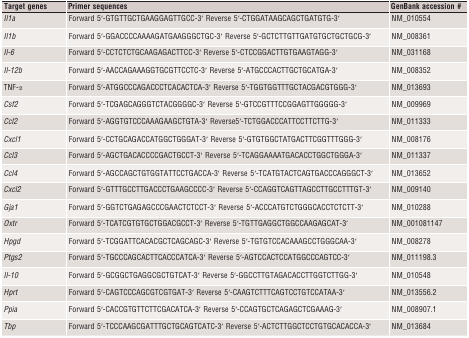
<table><thead><tr><td><b>Target genes</b></td><td><b>Primer sequences</b></td><td><b>GenBank accession #</b></td></tr></thead><tbody><tr><td><i>Il1a</i></td><td>Forward 5′-GTGTTGCTGAAGGAGTTGCC-3′ Reverse 5′-CTGGATAAGCAGCTGATGTG-3′</td><td>NM_010554</td></tr><tr><td><i>Il1b</i></td><td>Forward 5′-GGACCCCAAAAGATGAAGGGCTGC-3′ Reverse 5′-GCTCTTGTTGATGTGCTGCTGCG-3′</td><td>NM_008361</td></tr><tr><td><i>Il-6</i></td><td>Forward 5′-CCTCTCTGCAAGAGACTTCC-3′ Reverse 5′-CTCCGGACTTGTGAAGTAGG-3′</td><td>NM_031168</td></tr><tr><td><i>Il-12b</i></td><td>Forward 5′-AACCAGAAAGGTGCGTTCCTC-3′ Reverse 5′-ATGCCCACTTGCTGCATGA-3′</td><td>NM_008352</td></tr><tr><td>TNF-<i>α</i></td><td>Forward 5′-ATGGCCCAGACCCTCACACTCA-3′ Reverse 5′-TGGTGGTTTGCTACGACGTGGG-3′</td><td>NM_013693</td></tr><tr><td><i>Csf2</i></td><td>Forward 5′-TCGAGCAGGGTCTACGGGGC-3′ Reverse 5′-GTCCGTTTCCGGAGTTGGGGG-3′</td><td>NM_009969</td></tr><tr><td><i>Ccl2</i></td><td>Forward 5′-AGGTGTCCCAAAGAAGCTGTA-3′ Reverse5′-TCTGGACCCATTCCTTCTTG-3′</td><td>NM_011333</td></tr><tr><td><i>Cxcl1</i></td><td>Forward 5′-CCTGCAGACCATGGCTGGGAT-3′ Reverse 5′-GTGTGGCTATGACTTCGGTTTGGG-3′</td><td>NM_008176</td></tr><tr><td><i>Ccl3</i></td><td>Forward 5′-AGCTGACACCCCGACTGCCT-3′ Reverse 5′-TCAGGAAAATGACACCTGGCTGGGA-3′</td><td>NM_011337</td></tr><tr><td><i>Ccl4</i></td><td>Forward 5′-AGCCAGCTGTGGTATTCCTGACCA-3′ Reverse 5′-TCATGTACTCAGTGACCCAGGGCT-3′</td><td>NM_013652</td></tr><tr><td><i>Cxcl2</i></td><td>Forward 5′-GTTTGCCTTGACCCTGAAGCCCC-3′ Reverse 5′-CCAGGTCAGTTAGCCTTGCCTTTGT-3′</td><td>NM_009140</td></tr><tr><td><i>Gja1</i></td><td>Forward 5′-GGTCTGAGAGCCCGAACTCTCCT-3′ Reverse 5′-ACCCATGTCTGGGCACCTCTCTT-3′</td><td>NM_010288</td></tr><tr><td><i>Oxtr</i></td><td>Forward 5′-TCATCGTGTGCTGGACGCCT-3′ Reverse 5′-TGTTGAGGCTGGCCAAGAGCAT-3′</td><td>NM_001081147</td></tr><tr><td><i>Hpgd</i></td><td>Forward 5′-TCGGATTCACACGCTCAGCAGC-3′ Reverse 5′-TGTGTCCACAAAGCCTGGGCAA-3′</td><td>NM_008278</td></tr><tr><td><i>Ptgs2</i></td><td>Forward 5′-TGCCCAGCACTTCACCCATCA-3′ Reverse 5′-AGTCCACTCCATGGCCCAGTCC-3′</td><td>NM_011198.3</td></tr><tr><td><i>Il-10</i></td><td>Forward 5′-GCGGCTGAGGCGCTGTCAT-3′ Reverse 5′-GGCCTTGTAGACACCTTGGTCTTGG-3′</td><td>NM_010548</td></tr><tr><td><i>Hprt</i></td><td>Forward 5′-CAGTCCCAGCGTCGTGAT-3′ Reverse 5′-CAAGTCTTTCAGTCCTGTCCATAA-3′</td><td>NM_013556.2</td></tr><tr><td><i>Ppia</i></td><td>Forward 5′-CACCGTGTTCTTCGACATCA-3′ Reverse 5′-CCAGTGCTCAGAGCTCGAAAG-3′</td><td>NM_008907.1</td></tr><tr><td><i>Tbp</i></td><td>Forward 5′-TCCCAAGCGATTTGCTGCAGTCATC-3′ Reverse 5′-ACTCTTGGCTCCTGTGCACACCA-3′</td><td>NM_013684</td></tr></tbody></table>